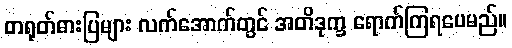
တရုတ်ဓားပြများ လက်အောက်တွင် အတိဒုက္ခ ရောက်ကြရပေမည်။